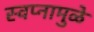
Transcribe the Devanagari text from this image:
स्वप्नामुळे